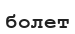
болет